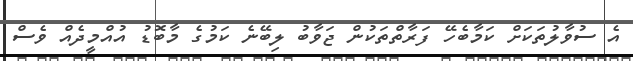
އެ ސުވާލުތަކަށް ކަމާބެހޭ ފަރާތްތަކުން ޖަވާބު ލިބޭނެ ކަމުގެ މާބޮޑު އުއްމީދެއް ވެސް